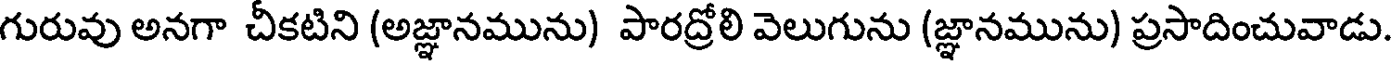
గురువు అనగా చీకటిని (అజ్ఞానమును) పారద్రోలి వెలుగును (జ్ఞానమును) ప్రసాదించువాడు.